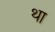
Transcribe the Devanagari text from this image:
था